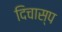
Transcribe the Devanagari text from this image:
दिचास्प